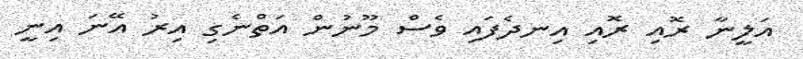
އަލީނާ ރޮއި ރޮއި އިނދެފައި ވެސް މޫނުން އަތްނެގި އިރު އޭނަ އިނީ